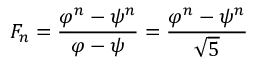
F _ { n } = { \frac { \varphi ^ { n } - \psi ^ { n } } { \varphi - \psi } } = { \frac { \varphi ^ { n } - \psi ^ { n } } { \sqrt { 5 } } }